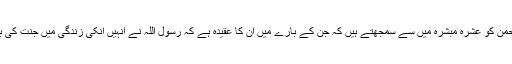
اہل سنت عبدالرحمن کو عشرہ مبشرہ میں سے سمجھتے ہیں کہ جن کے بارے میں ان کا عقیدہ ہے کہ رسول اللہ نے انہیں انکی زندگی میں جنت کی بشارت دی تھی۔